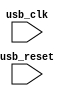
module usb_timing_control(
  input wire usb_clk,
  input wire usb_reset,
  // Add any other necessary inputs here
  
  // Add any necessary outputs and internal signals here
);

  // Module implementation code goes here

endmodule